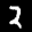
Label: 2